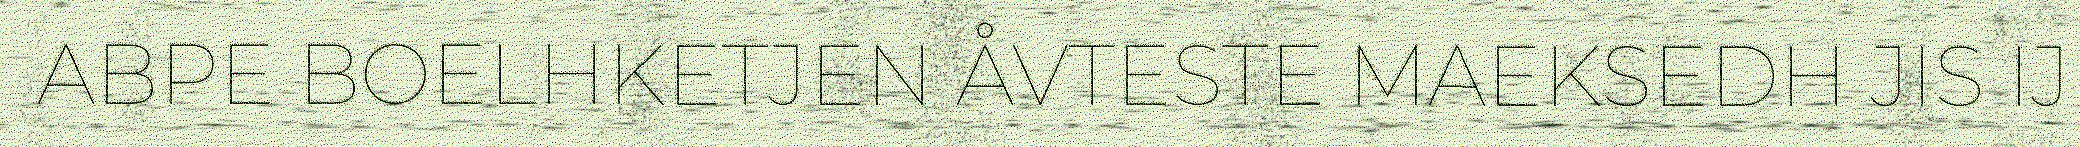
ABPE BOELHKETJEN ÅVTESTE MAEKSEDH JIS IJ